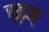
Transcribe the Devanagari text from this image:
सूटस्